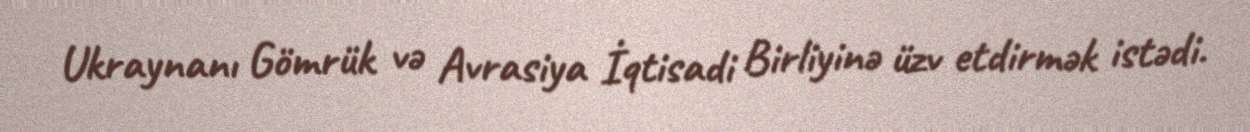
Ukraynanı Gömrük və Avrasiya İqtisadi Birliyinə üzv etdirmək istədi.